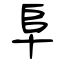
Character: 阜